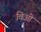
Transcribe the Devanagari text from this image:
विओ